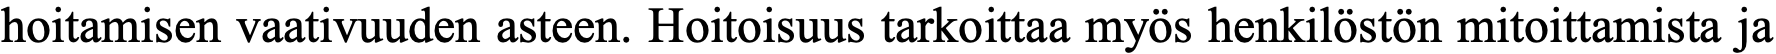
hoitamisen vaativuuden asteen. Hoitoisuus tarkoittaa myös henkilöstön mitoittamista ja